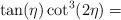
LaTeX: \begin{align*}\tan (\eta ) \cot ^3(2 \eta ) = \end{align*}